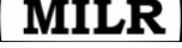
MILR